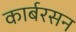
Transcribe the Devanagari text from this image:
कार्बरसन